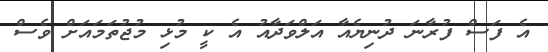
އެ ފަސް ފުރާނަ ދުނިޔެއާ އަލްވަދާއު އެ ކީ މުޅި މުޖުތަމައަށް ވެސް